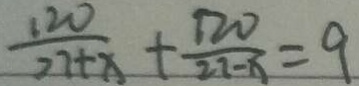
\frac { 1 2 0 } { 2 7 + x } + \frac { 1 2 0 } { 2 2 - x } = 9